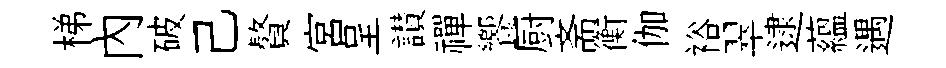
梯內破己贅宫呈讃禪饗厨斋衡伽裕翠逮藴遇